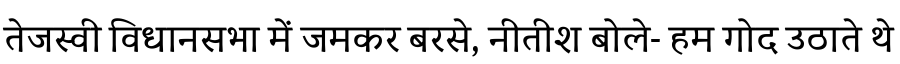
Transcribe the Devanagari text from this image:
तेजस्वी विधानसभा में जमकर बरसे, नीतीश बोले- हम गोद उठाते थे